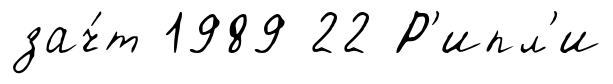
зач́т 1989 22 Р'ипл'и